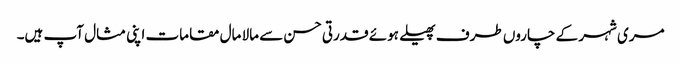
مری شہر کے چاروں طرف پھیلے ہوئے قدرتی حسن سے مالا مال مقامات اپنی مثال آپ ہیں۔